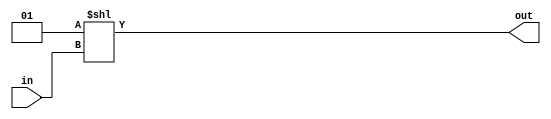
module dec5to32 (out, in) ;
	input[4:0] in ;
	output[31:0] out ;
	reg[31:0] out ;
	
	always @(in)
	begin
		out = 2**in ;
	end
	
endmodule